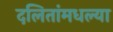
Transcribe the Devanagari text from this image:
दलितांमधल्या